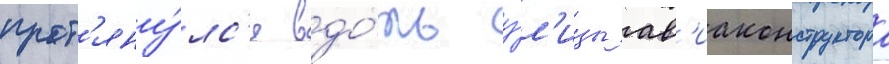
прот'яну́лс'я вдо́ль у́л'ицы ав'иаконструктора